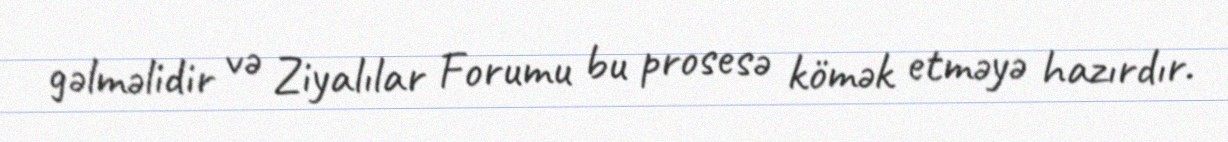
gəlməlidir və Ziyalılar Forumu bu prosesə kömək etməyə hazırdır.